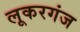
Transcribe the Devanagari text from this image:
लूकरगंज